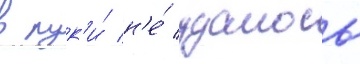
в рук'и́ н'е́ удалось